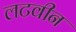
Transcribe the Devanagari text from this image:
लटवीन